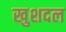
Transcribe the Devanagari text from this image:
खुशदल